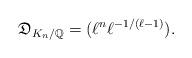
LaTeX: \begin{align*}\mathfrak{D}_{K_n/\mathbb{Q}} = (\ell^n \ell^{-1/(\ell-1)} ).\end{align*}